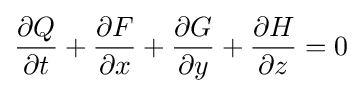
{\frac {\partial Q}{\partial t}}+{\frac {\partial F}{\partial x}}+{\frac {\partial G}{\partial y}}+{\frac {\partial H}{\partial z}}=0